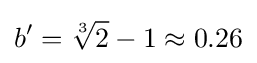
b'={\sqrt[{3}]{2}}-1\approx 0.26